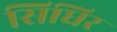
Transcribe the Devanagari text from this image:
सिधिर